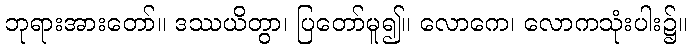
ဘုရားအားတော်။ ဒဿယိတွာ၊ ပြတော်မူ၍။ လောကေ၊ လောကသုံးပါး၌။